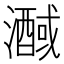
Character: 𭳒